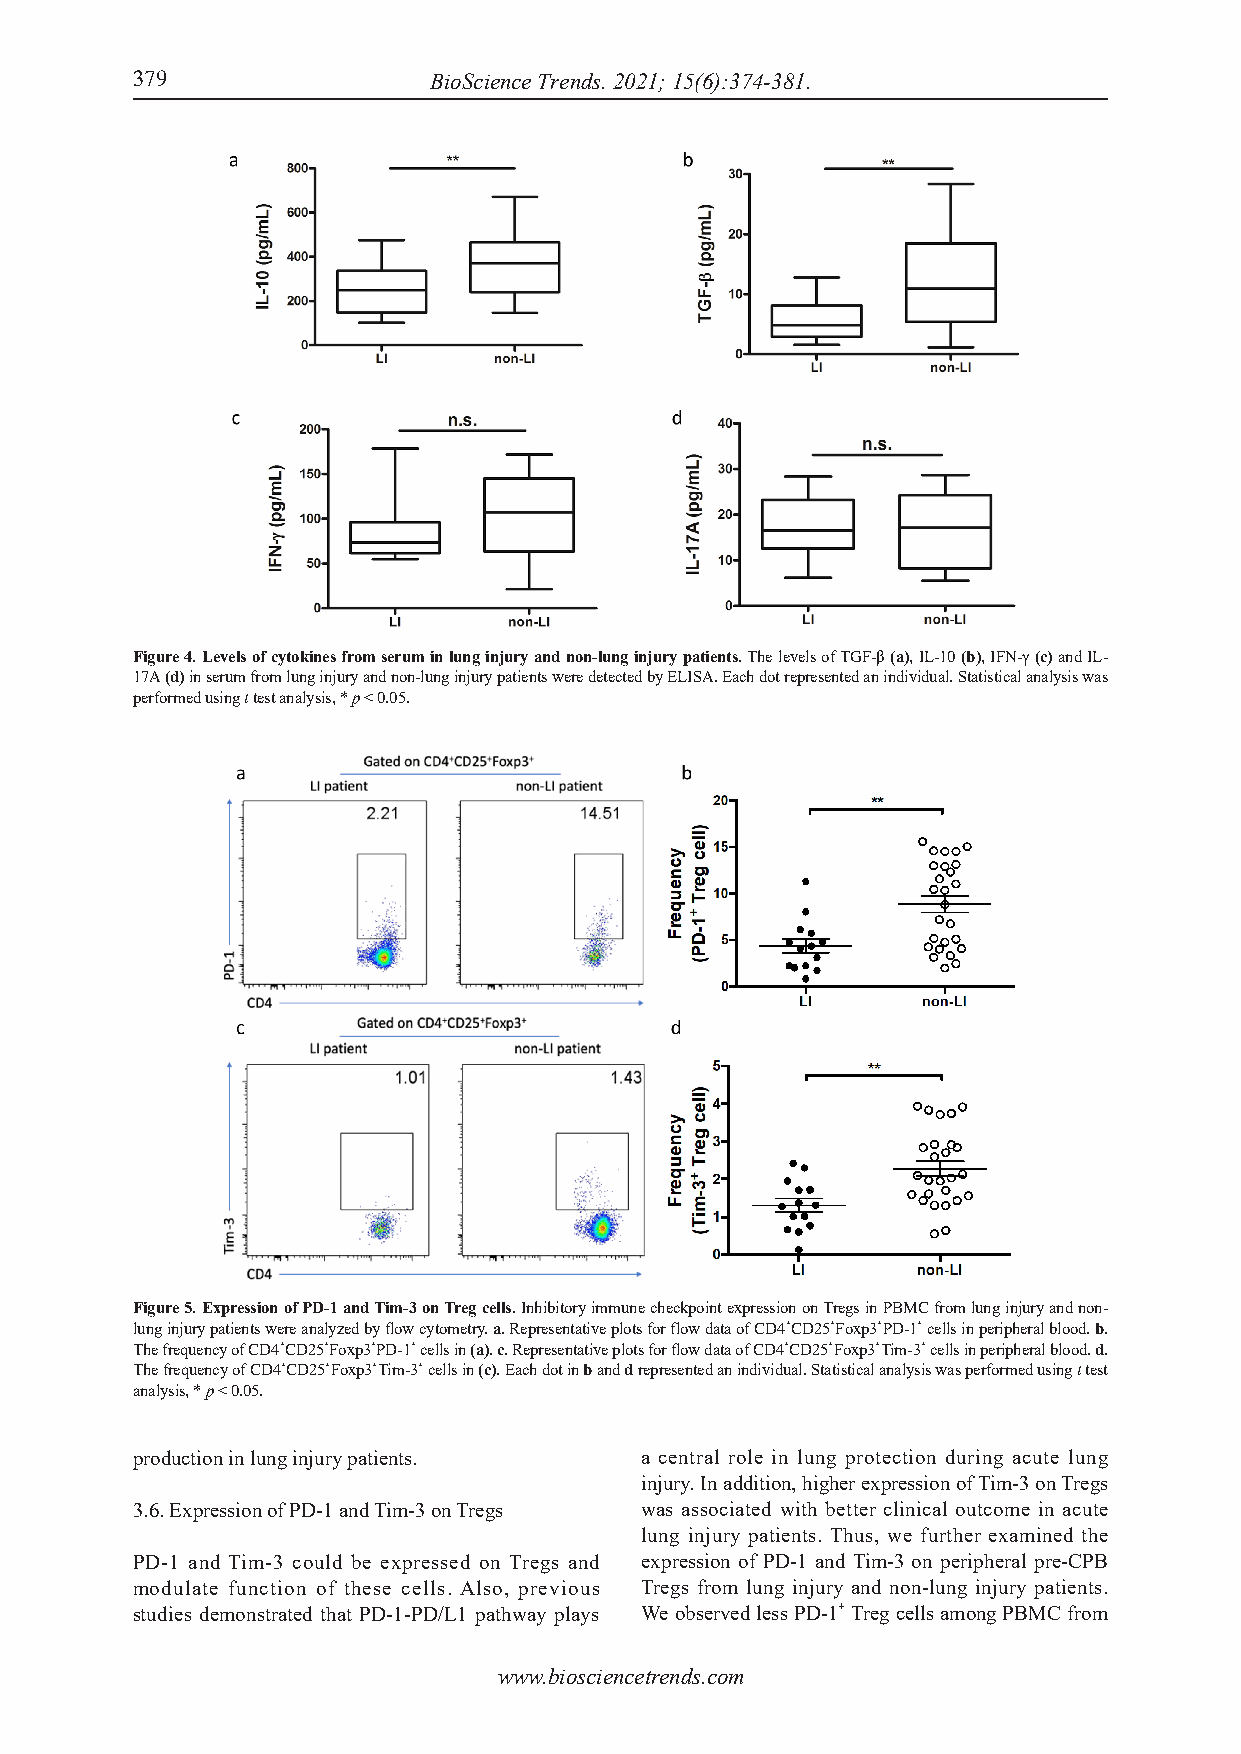
379                BioScience Trends. 2021; 15(6):374-381.                                            BioScience Trends. 2021; 15(6):374-381.
 Figure 4. Levels of cytokines from serum in lung injury and non-lung injury patients. The levels of TGF-β (a), IL-10 (b), IFN-γ (c) and IL-
 17A (d) in serum from lung injury and non-lung injury patients were detected by ELISA. Each dot represented an individual. Statistical analysis was
 performed using t test analysis, * p < 0.05.
 Figure 5. Expression of PD-1 and Tim-3 on Treg cells. Inhibitory immune checkpoint expression on Tregs in PBMC from lung injury and non-
 lung injury patients were analyzed by flow cytometry. a. Representative plots for flow data of CD4+CD25+Foxp3+PD-1+ cells in peripheral blood. b.
 The frequency of CD4+CD25+Foxp3+PD-1+ cells in (a). c. Representative plots for flow data of CD4+CD25+Foxp3+Tim-3+ cells in peripheral blood. d.
 The frequency of CD4+CD25+Foxp3+Tim-3+ cells in (c). Each dot in b and d represented an individual. Statistical analysis was performed using t test
 analysis, * p < 0.05.
 production in lung injury patients. a central role in lung protection during acute lung
 injury. In addition, higher expression of Tim-3 on Tregs
 3.6. Expression of PD-1 and Tim-3 on Tregs was associated with better clinical outcome in acute
 lung injury patients. Thus, we further examined the
 PD-1 and Tim-3 could be expressed on Tregs and expression of PD-1 and Tim-3 on peripheral pre-CPB
 modulate function of these cells. Also, previous Tregs from lung injury and non-lung injury patients.
 studies demonstrated that PD-1-PD/L1 pathway plays We observed less PD-1+ Treg cells among PBMC from
 www.biosciencetrends.com